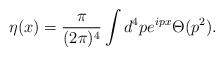
LaTeX: \begin{align*}\eta (x)={\pi\over{(2 \pi)^4}}\int d^4p e^{i p x} \Theta (p^2).\end{align*}